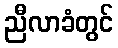
ညီလာခံတွင်